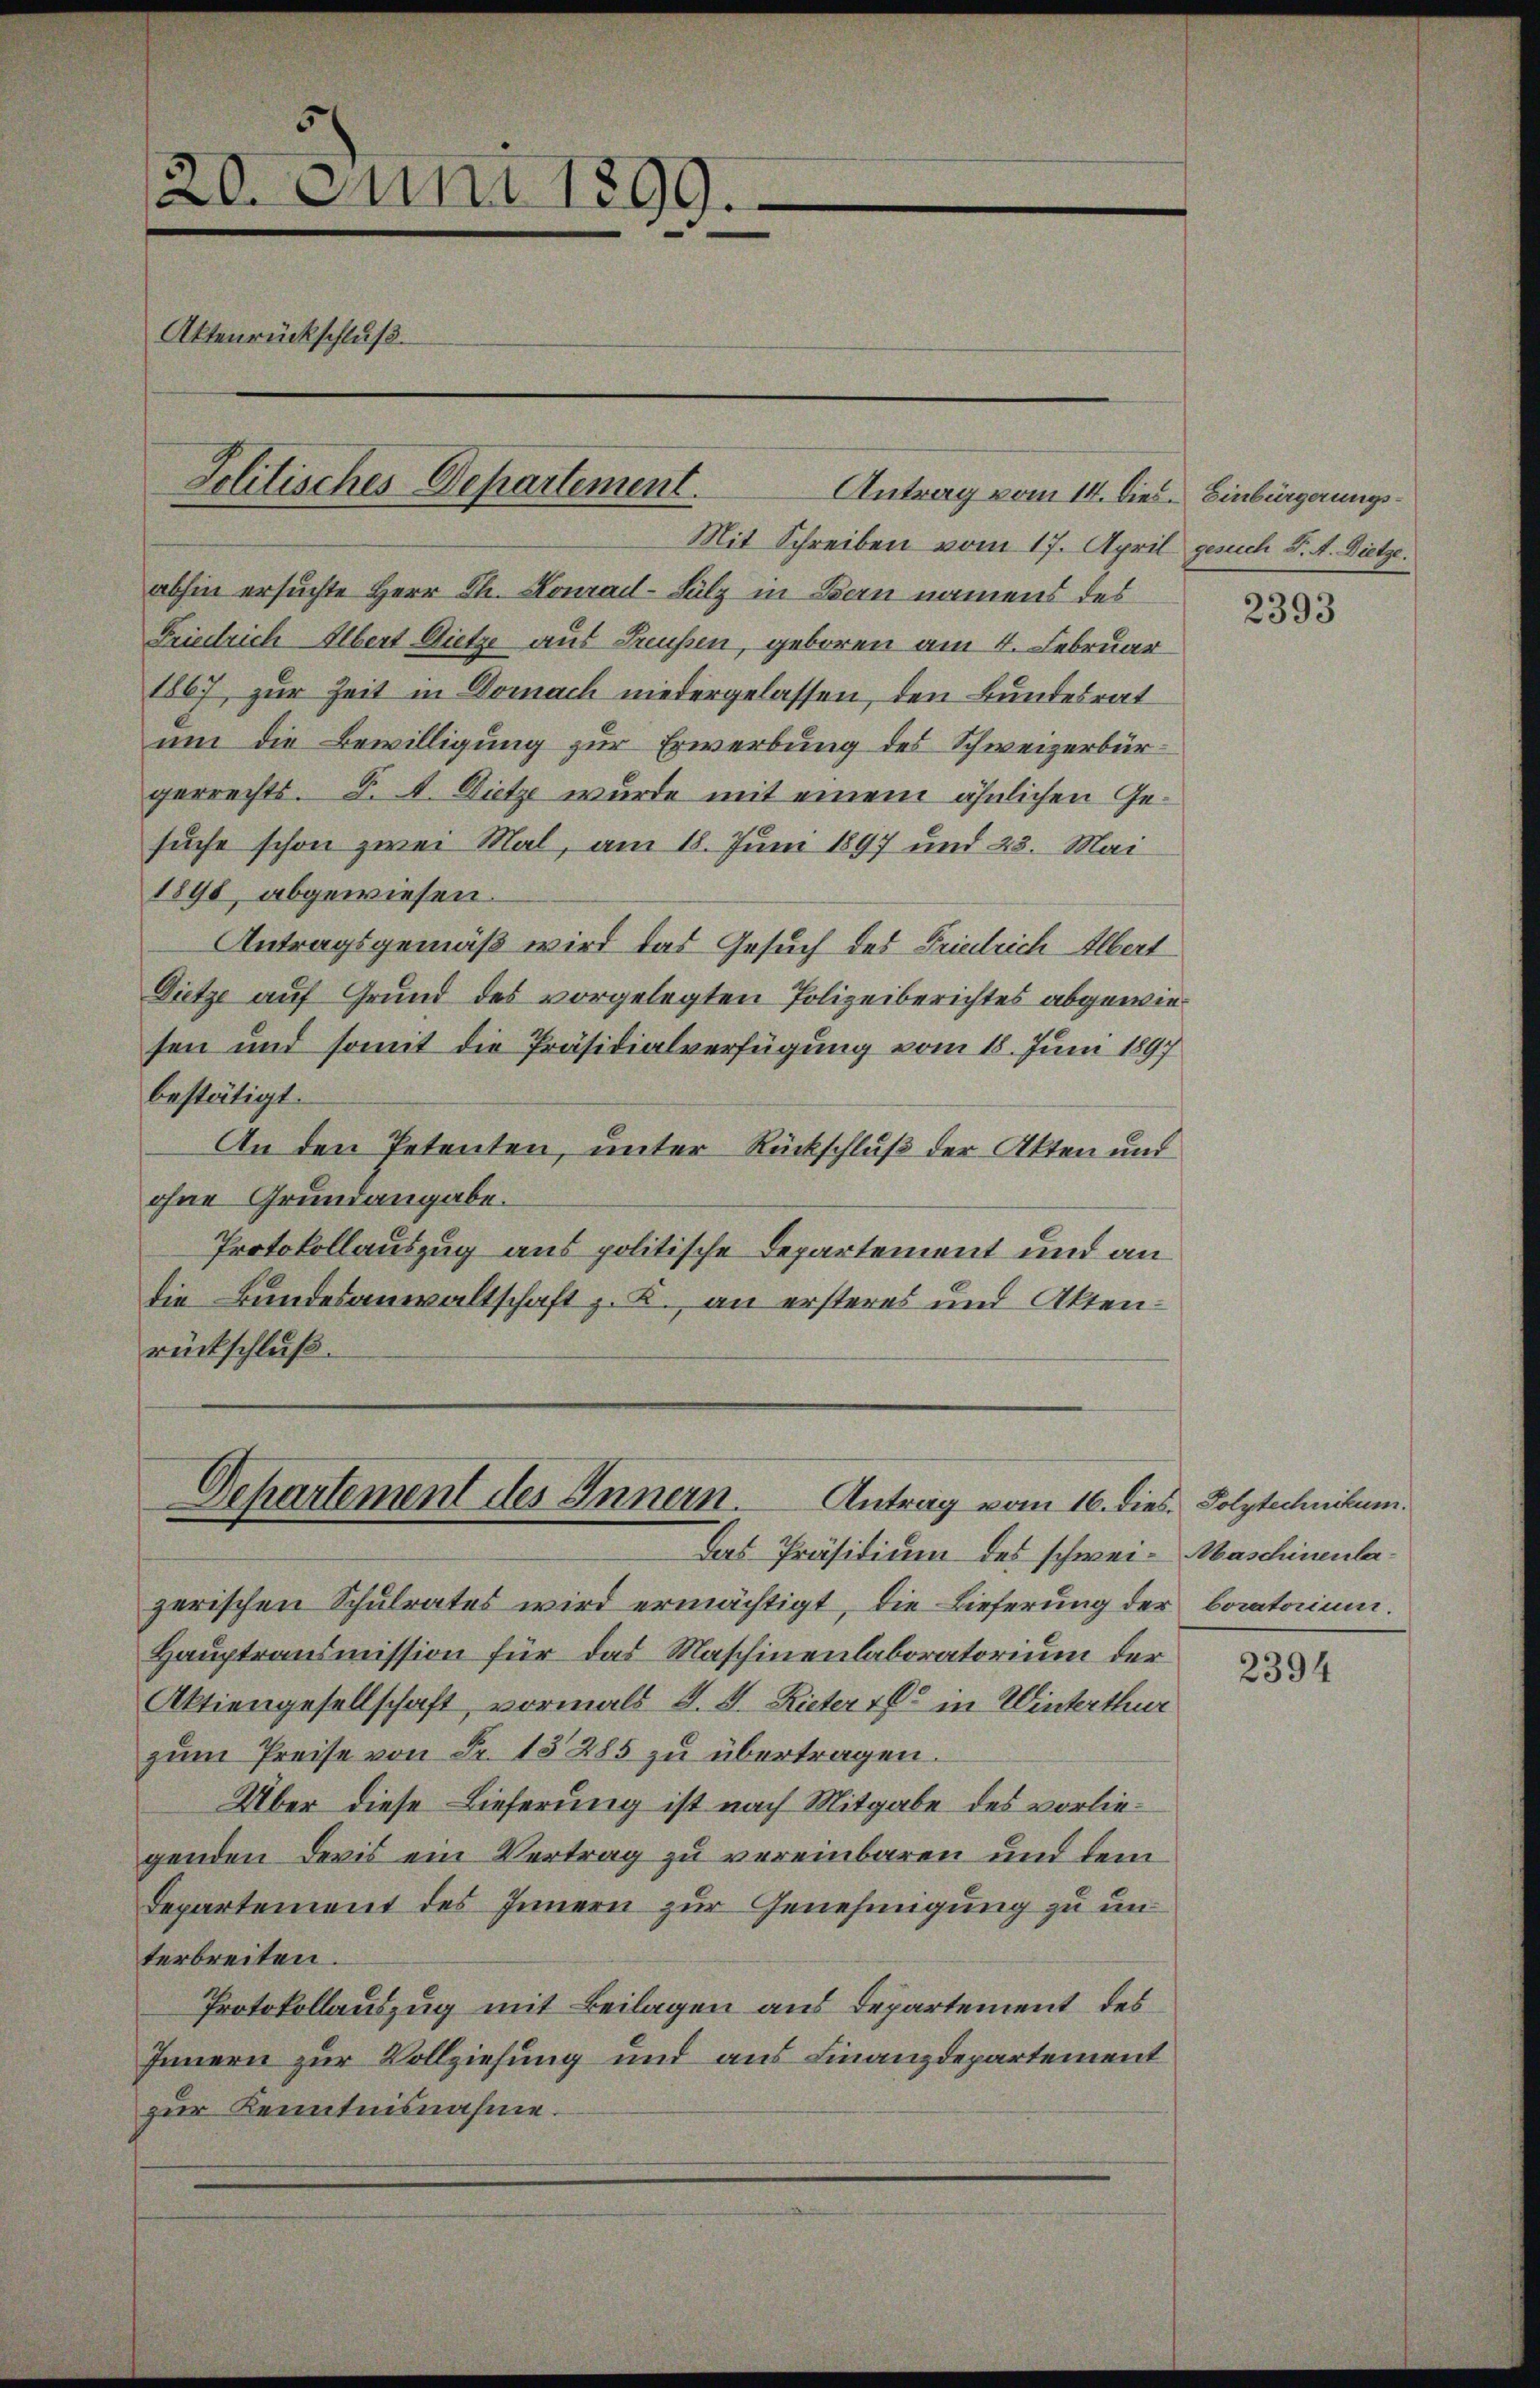
Mit Schreiben vom 17. April gesuch S. A. Dietze.
abhin ersuchte Herr Th. Konrad-Sulz in Bern namens des
Friedrich Albert Dietze aus Freussen, geboren am 4. Februar
1867 zur Zeit in Domach niedergelassen, den Bundesrat
um die Bewilligung zur Erwerbung des Schweizerbürgerrechts. S. A. Dietze wurde mit einem ähnlichen Gesuche schon zwei Mal, am 18. Juni 1897 und 23. Mai
1898, abgewiesen.
Antragsgemäß wird das Gesuch des Friedrich Albert
Dietze auf Grund des vorgelegten Polizeiberichtes abgewiesen und somit die Präsidialverfügung vom 18. Juni 1897
bestätigt.
An den Petenten, unter Rückschluß der Akten und
ohne Grundangabe.
Protokollauszug aus politische Departement und an
die Bundesanwaltschaft z. B. an ersteres und Aktenrückschluß.

20. Juni 1899.
Aktenrückschluß

Politisches Departement.

Antrag vom 14. Dies. Einbürgerungs¬

Departement des Innern.
Antrag vom 16. dies Polytechnikum.

Das Präsidium des schwei- Maschinenla¬

zerischen Schulrates wird ermächtigt, die Lieferung der boratorium.
Hauptransmission für das Maschinenlaboratorium der
Aktiengesellschaft, vormals d. J. Rieter 16 in Winterthur
zŭm Preise von Fr. 13285 zu übertragen.
Über diese Lieferung ist nach Mitgabe des vorliegenden Devis ein Vertrag zu vereinbaren und dem
Departement des Innern zur Genehmigung zu unterbreiten.
Protokollauszug mit Beilagen aus Departement des
Innern zur Vollziehung und aus Finanzdepartement
zur Kenntnisnahme.

2393

2394